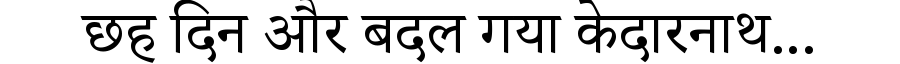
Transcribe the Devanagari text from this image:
छह दिन और बदल गया केदारनाथ...